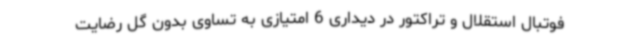
فوتبال استقلال و تراکتور در دیداری 6 امتیازی به تساوی بدون گل رضایت